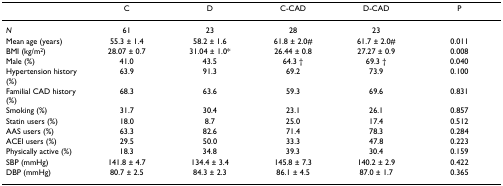
<table><thead><tr><td></td><td><b>C</b></td><td><b>D</b></td><td><b>C-CAD</b></td><td><b>D-CAD</b></td><td><b>P</b></td></tr></thead><tbody><tr><td><i>N</i></td><td>61</td><td>23</td><td>28</td><td>23</td><td></td></tr><tr><td>Mean age (years)</td><td>55.3 ± 1.4</td><td>58.2 ± 1.6</td><td>61.8 ± 2.0#</td><td>61.7 ± 2.0#</td><td>0.011</td></tr><tr><td>BMI (kg/m<sup>2</sup>)</td><td>28.07 ± 0.7</td><td>31.04 ± 1.0*</td><td>26.44 ± 0.8</td><td>27.27 ± 0.9</td><td>0.008</td></tr><tr><td>Male (%)</td><td>41.0</td><td>43.5</td><td>64.3 †</td><td>69.3 †</td><td>0.040</td></tr><tr><td>Hypertension history (%)</td><td>63.9</td><td>91.3</td><td>69.2</td><td>73.9</td><td>0.100</td></tr><tr><td>Familial CAD history (%)</td><td>68.3</td><td>63.6</td><td>59.3</td><td>69.6</td><td>0.831</td></tr><tr><td>Smoking (%)</td><td>31.7</td><td>30.4</td><td>23.1</td><td>26.1</td><td>0.857</td></tr><tr><td>Statin users (%)</td><td>18.0</td><td>8.7</td><td>25.0</td><td>17.4</td><td>0.512</td></tr><tr><td>AAS users (%)</td><td>63.3</td><td>82.6</td><td>71.4</td><td>78.3</td><td>0.284</td></tr><tr><td>ACEI users (%)</td><td>29.5</td><td>50.0</td><td>33.3</td><td>47.8</td><td>0.223</td></tr><tr><td>Physically active (%)</td><td>18.3</td><td>34.8</td><td>39.3</td><td>30.4</td><td>0.159</td></tr><tr><td>SBP (mmHg)</td><td>141.8 ± 4.7</td><td>134.4 ± 3.4</td><td>145.8 ± 7.3</td><td>140.2 ± 2.9</td><td>0.422</td></tr><tr><td>DBP (mmHg)</td><td>80.7 ± 2.5</td><td>84.3 ± 2.3</td><td>86.1 ± 4.5</td><td>87.0 ± 1.7</td><td>0.365</td></tr></tbody></table>